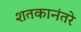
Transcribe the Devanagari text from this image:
शतकानंतरे